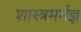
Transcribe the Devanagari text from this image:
शास्त्रमर्मज्ञ